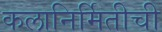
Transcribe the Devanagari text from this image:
कलानिर्मितीची